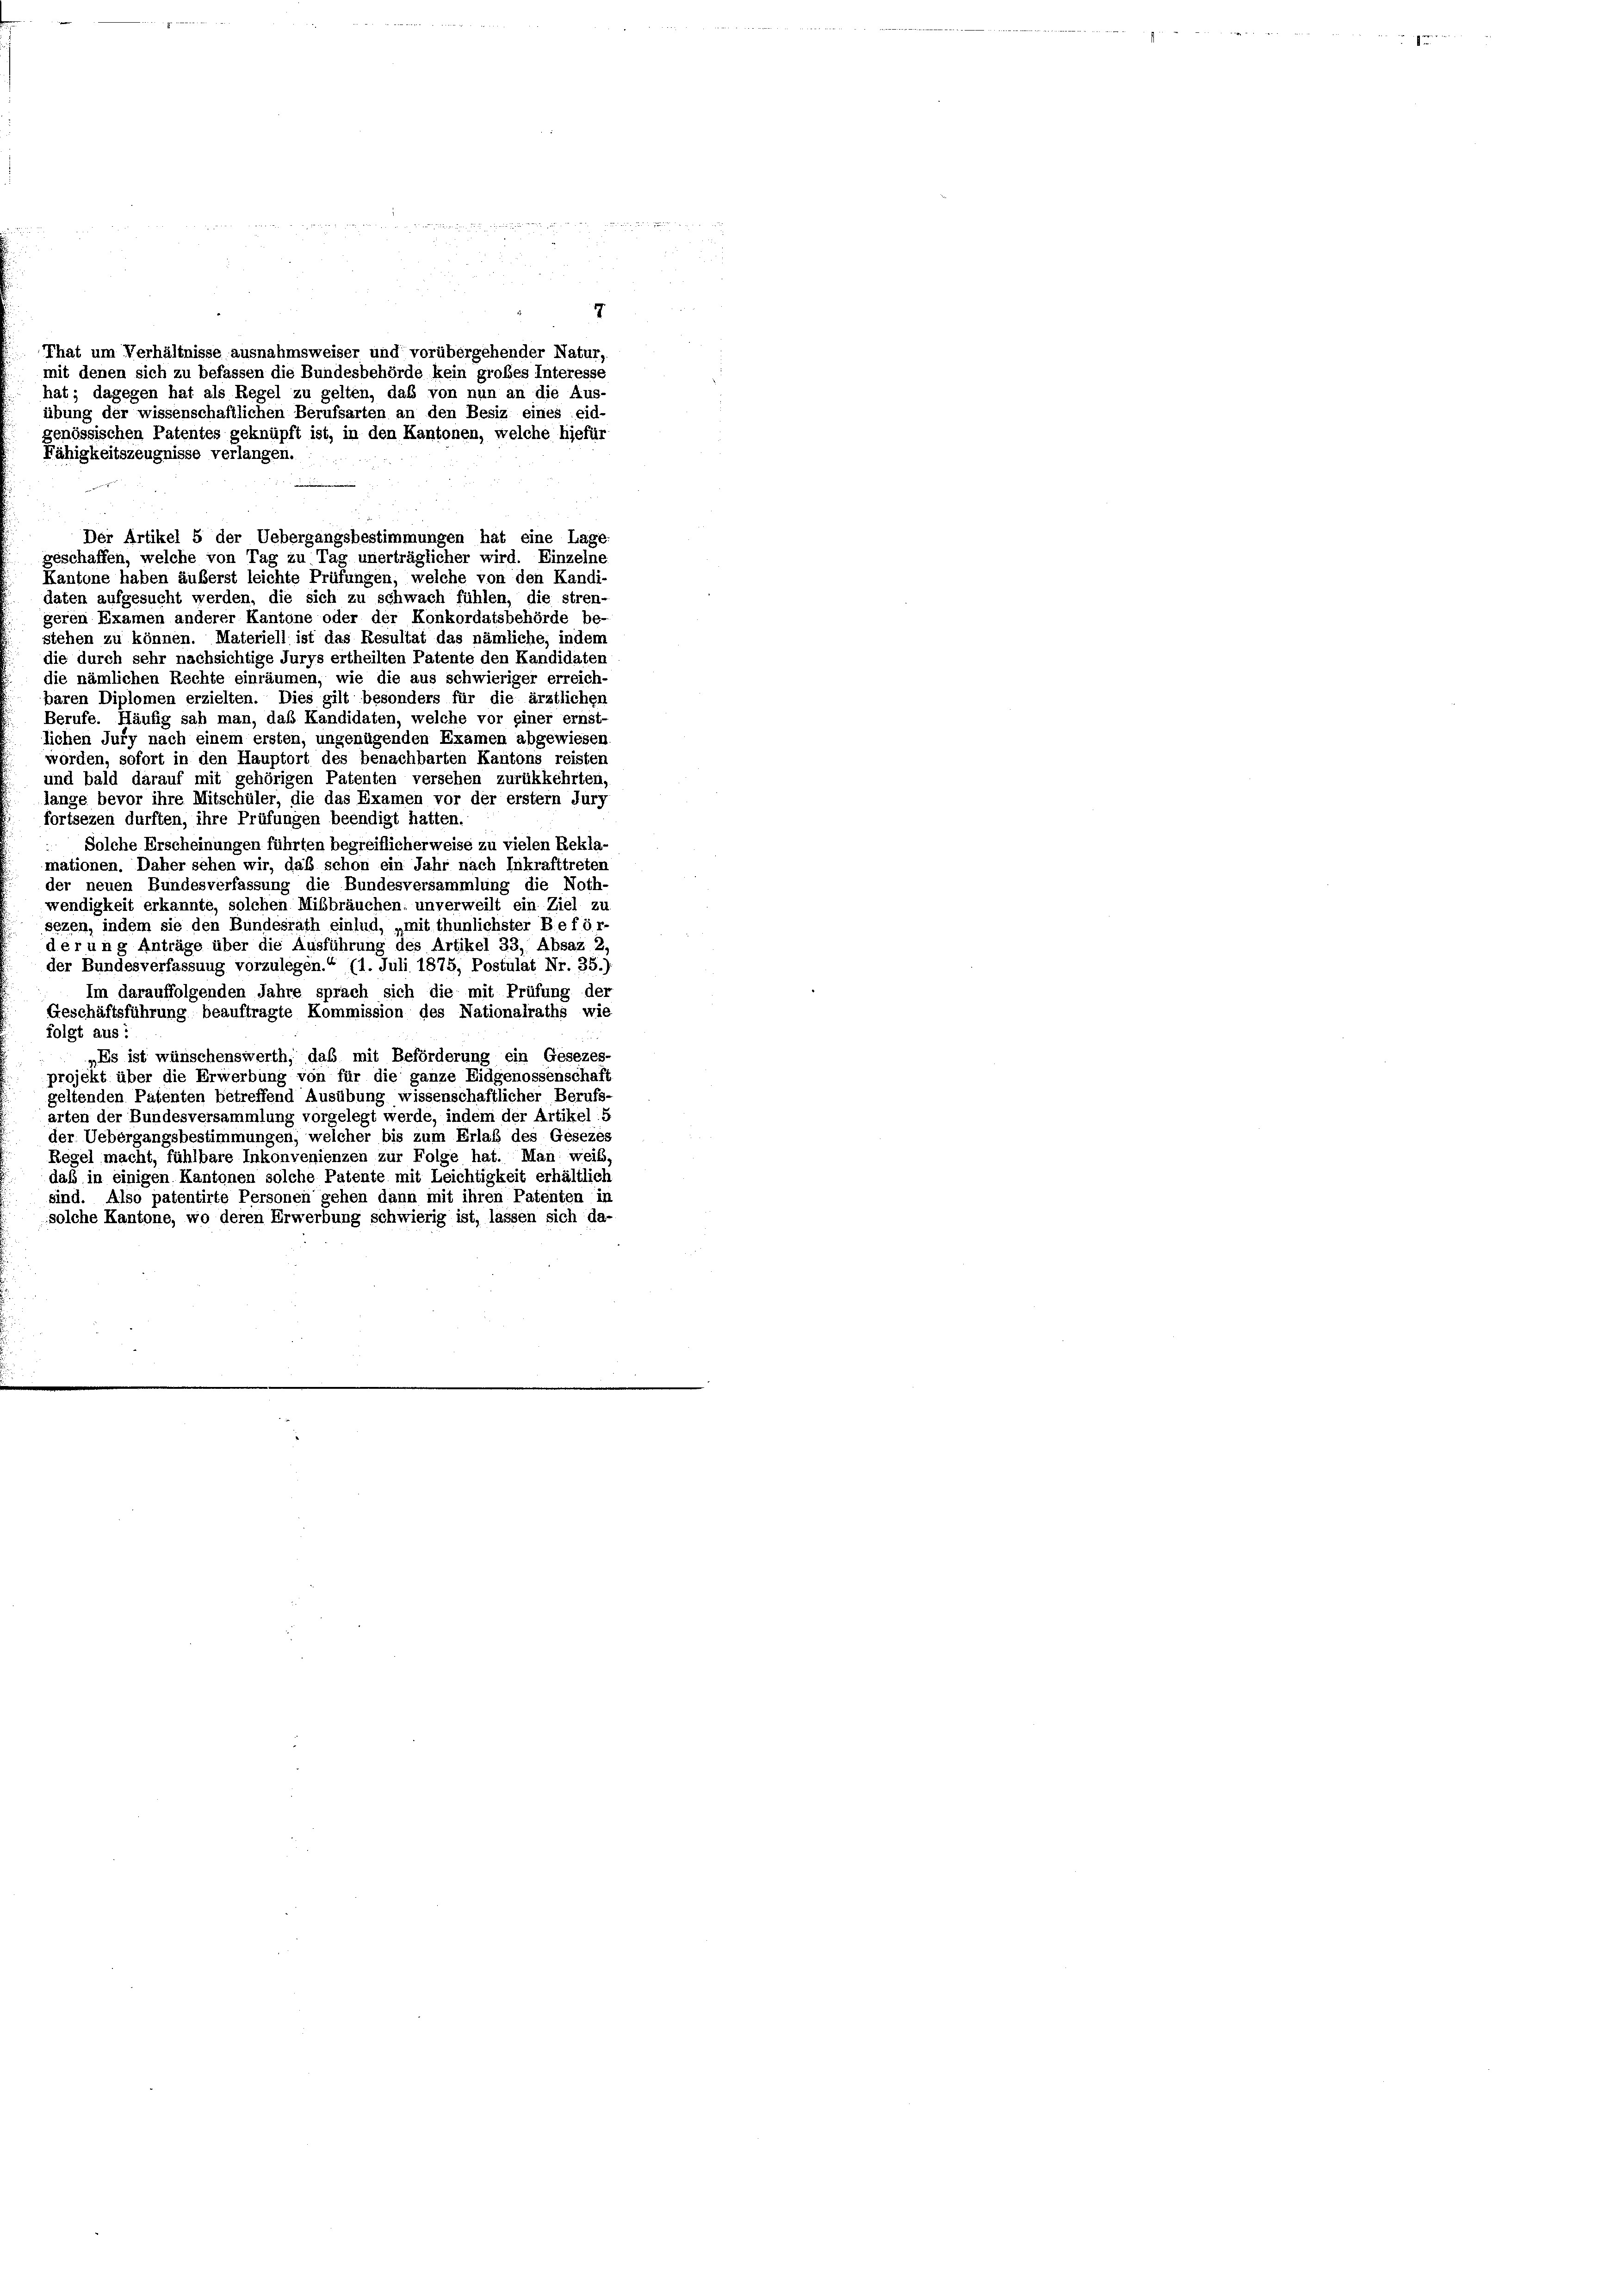
7
That um Verhältnisse ausnahmsweiser und vorübergehender Natur
mit denen sich zu befassen die Bundesbehörde kein grobes Interesse
hat; dagegen hat als Regel zu gelten, daß von nun an die Aus-
übung der wissenschaftlichen Berufsarten an den Besiz eines eid-
genössischen Patentes geknüpft ist, in den Kantonen, welche hiefür
Fähigkeitszeugnisse verlangen.

Kantone haben äußerst leichte Prüfungen, welche von den Kandi-
daten aufgesucht werden, die sich zu schwach fühlen, die stren-
geren Examen anderer Kantone oder der Konkordatsbehörde be-
stehen zu können. Materiell ist das Resultat das nämliche, indem
die durch sehr nachsichtige Jurys ertheilten Patente den Kandidaten
die nämlichen Rechte einräumen, wie die aus schwieriger erreich-
baren Diplomen erzielten. Dies gilt besonders für die ärztlicher
Berufe. Häufig sah man, das Kandidaten, welche vor einer ernst
lichen Jury nach einem ersten, ungenügenden Examen abgewiesen
worden, sofort in den Hauptort des benachbarten Kantons reisten
und bald darauf mit gehörigen Patenten versehen zurükkehrten,
lange bevor ihre Mitschüler, die das Examen vor der erstem Jury
fortsezen durften, ihre Prüfungen beendigt hatten.
Solche Erscheinungen führten begreiflicherweise zu vielen Rekla-
mationen. Daher sehen wir, das schon ein Jahr nach Inkrafttreten
der neuen Bundesverfassung die Bundesversammlung die Noth-
wendigkeit erkannte, solchen Mißbräuchen: unverweilt ein Ziel zu
sezen, indem sie den Bundesrath einlud, „mit thunlichster Beför-
derung Anträge über die Ausführung des Artikel 33, Absaz 2
der Bundesverfassung vorzulegen.“ (1. Juli 1875, Postulat Nr. 35.)
Im darauffolgenden Jahre sprach sich die mit Prüfung der
Geschäftsführung beauftragte Kommission des Nationalraths wie
folgt aus:
„Es ist wünschenswerth, daß mit Beförderung ein Gesezes-
projekt über die Erwerbung von für die ganze Eidgenossenschaft
geltenden Patenten betreffend Ausübung wissenschaftlicher Berufs-
arten der Bundesversammlung vorgelegt werde, indem der Artikel: 5
der Uebergangsbestimmungen, welcher bis zum Erlaß des Gesezes
Regel macht, fühlbare Inkonvenienzen zur Folge hat. Man weil,
daß in einigen Kantonen solche Patente mit Leichtigkeit erhältlich
sind. Also patentirte Personen gehen dann mit ihren Patenten in
solche Kantone, wo deren Erwerbung schwierig ist, lassen sich da-

Der Artikel 5 der Uebergangsbestimmungen hat eine Lage-
geschaffen, welche von Tag zu Tag unerträglicher wird. Einzelne